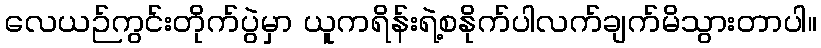
လေယဉ်ကွင်းတိုက်ပွဲမှာ ယူကရိန်းရဲ့စနိုက်ပါလက်ချက်မိသွားတာပါ။